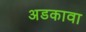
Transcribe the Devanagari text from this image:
अडकावा